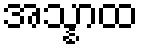
အသ္နာထ